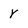
Character: r